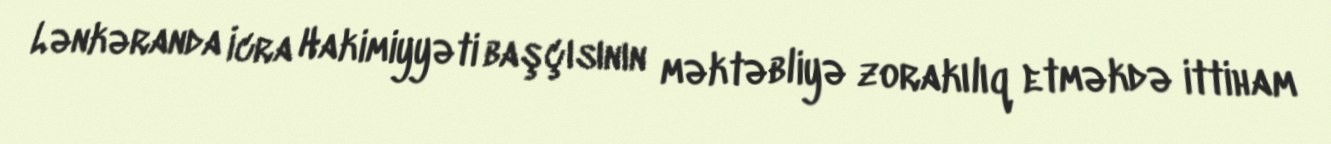
Lənkəranda İcra Hakimiyyəti başçısının məktəbliyə zorakılıq etməkdə ittiham